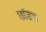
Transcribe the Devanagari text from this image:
छाँडा॥